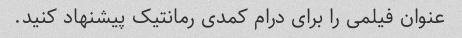
عنوان فیلمی را برای درام کمدی رمانتیک پیشنهاد کنید.